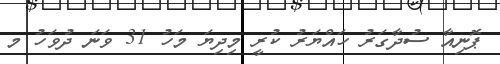
ޕޮނިއާ ސުދާގަރު ހައްޔަރު ކުރީ މިދިޔަ މަހު 31 ވަނަ ދުވަހު މ